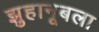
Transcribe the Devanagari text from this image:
झुहानूबला